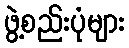
ဖွဲ့စည်းပုံများ